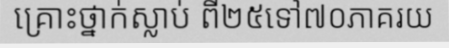
គ្រោះថ្នាក់ស្លាប់ ពី២៥ទៅ៧០ភាគរយ